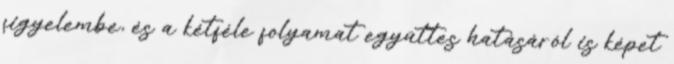
figyelembe, és a kétféle folyamat együttes hatásáról is képet